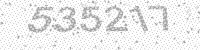
Solution: 535217